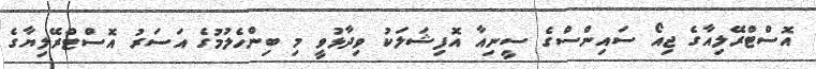
އޮސްޓްރޭލިއާގެ ޖިއޯ ސައިންސްގެ ސީނިއާ އޮފިޝަލަކު ވިދާޅުވީ މި ބިންހެލުމުގެ އަސަރު އޮސްޓްރޭލިޔާގެ